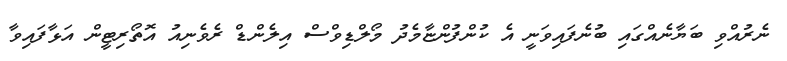
ނެރުއްވި ބަޔާނެއްގައި ބުނެފައިވަނީ އެ ކުންފުންޏާމެދު މޯލްޑިވްސް އިލެންޑް ރެވެނިއު އޮތޯރިޓީން އަޅާފައިވާ